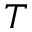
T